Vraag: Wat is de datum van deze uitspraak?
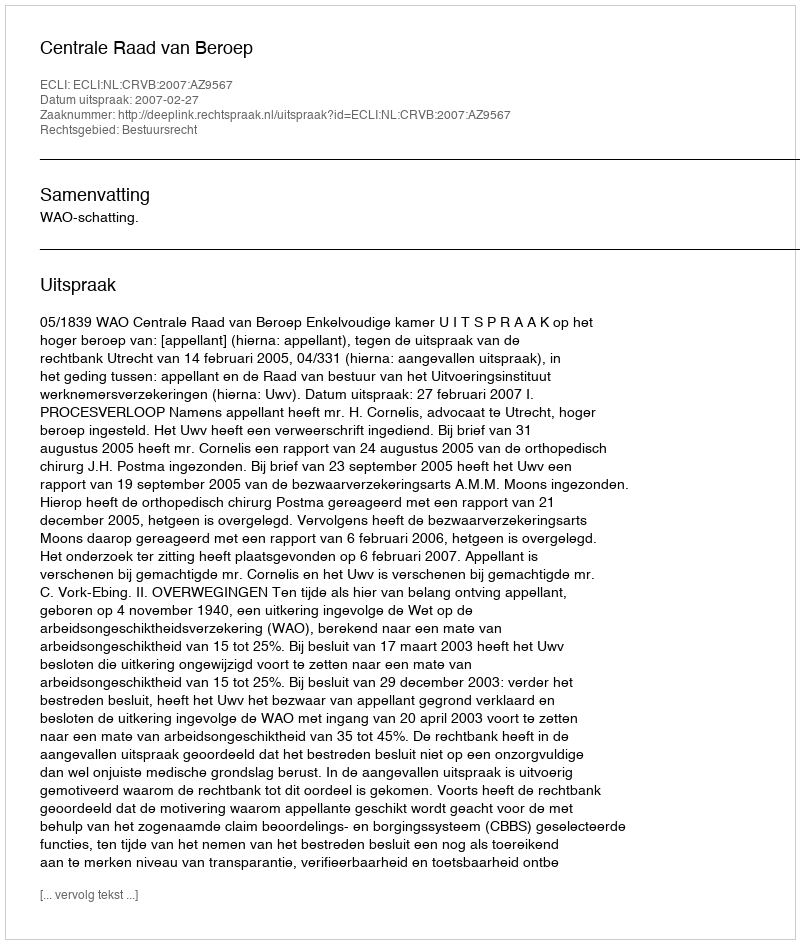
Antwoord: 2007-02-27